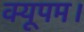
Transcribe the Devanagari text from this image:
क्यूपम।